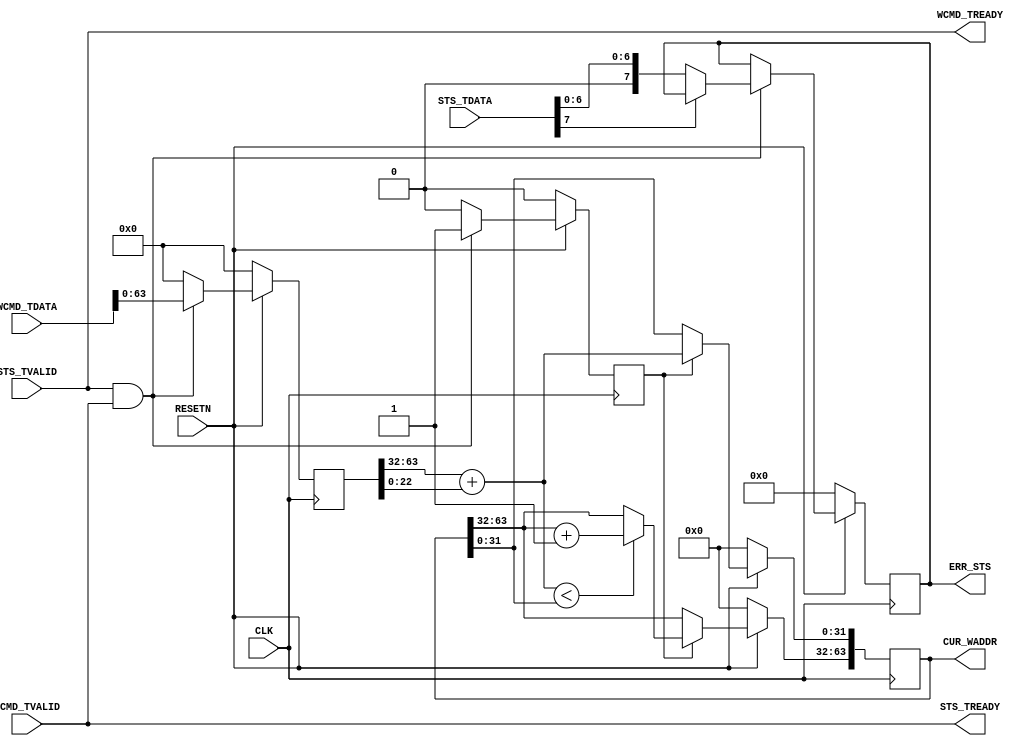

// Copyright (C) Akira Higuchi  ( https://github.com/ahiguti )
// Copyright (C) DeNA Co.,Ltd. ( https://dena.com )
// All rights reserved.
// See COPYRIGHT.txt for details


module rx_wrmem_status(
input CLK,
input RESETN,
input [7:0] STS_TDATA,
input STS_TVALID,
output STS_TREADY,
input [103:0] WCMD_TDATA,
input WCMD_TVALID,
output WCMD_TREADY,
output [7:0] ERR_STS,
output [63:0] CUR_WADDR
);
parameter ADDR_MOD_WIDTH = 32;
reg [7:0] err_sts;
reg [103:0] wcmd_tdata;
reg wcmd_tvalid;
reg [63:0] cur_waddr;

assign STS_TREADY = WCMD_TVALID;
assign WCMD_TREADY = STS_TVALID;
assign ERR_STS = err_sts;
assign CUR_WADDR = cur_waddr;

wire [63:0] wcmd_waddr_next = wcmd_tdata[95:32] + wcmd_tdata[22:0];

always @(posedge CLK) begin
    if (!RESETN) begin
        err_sts <= 0;
        wcmd_tdata <= 0;
        wcmd_tvalid <= 0;
        cur_waddr <= 0;
    end else begin
        wcmd_tdata <= 0;
        wcmd_tvalid <= 0;
        if (STS_TVALID && WCMD_TVALID) begin
            wcmd_tdata <= WCMD_TDATA;
            wcmd_tvalid <= 1;
            if (STS_TDATA[7] != 1) begin
                err_sts <= STS_TDATA;
            end
        end
        if (wcmd_tvalid) begin
            cur_waddr[ADDR_MOD_WIDTH-1:0] <= wcmd_waddr_next[ADDR_MOD_WIDTH-1:0];
            if (wcmd_waddr_next[ADDR_MOD_WIDTH-1:0] < cur_waddr[ADDR_MOD_WIDTH-1:0]) begin
                // wraparound
                cur_waddr[63:ADDR_MOD_WIDTH] <= cur_waddr[63:ADDR_MOD_WIDTH] + 1;
            end
        end
    end
end

endmodule